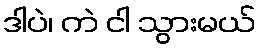
ဒါပဲ၊ ကဲ ငါ သွားမယ်